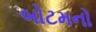
બોટમનો